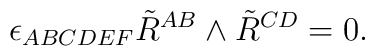
\epsilon_{ABCDEF} \tilde R^{AB} \wedge \tilde R^{CD} =0 .